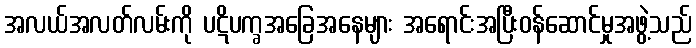
အလယ်အလတ်လမ်းကို ပဋိပက္ခအခြေအနေများ အရောင်းအပြီးဝန်ဆောင်မှုအဖွဲ့သည်